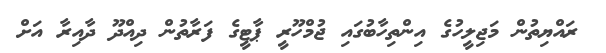
ރައްޔިތުން މަޖިލީހުގެ އިންތިހާބުގައި ޖުމްހޫރީ ޕާޓީގެ ފަރާތުން ދިއްދޫ ދާއިރާ އަށް